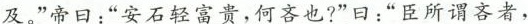
及。”帝日：”安石轻富贵，何吝也?”曰：”臣所谓吝者，